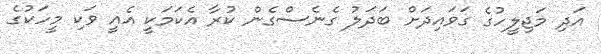
އަދި މަޖިލީހުގެ ގަވައިދަށް ބަދަލު ގެނެސްގެން ކުރާ އެކަމަކީ އެއީ ވަކި މީހަކުގެ